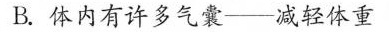
B.体内有许多气囊——减轻体重